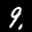
Label: 9